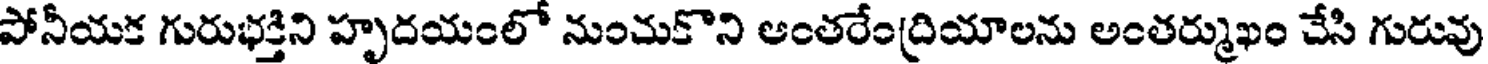
పోనీయక గురుభక్తిని హృదయంలో నుంచుకొని అంతరేంద్రియాలను అంతర్ముఖం చేసి గురువు